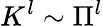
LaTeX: K^{l}\sim\Pi^{l}